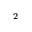
^ \mathrm { 2 }